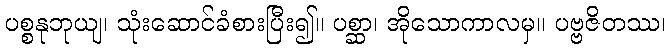
ပစ္စနုဘုယျ၊ သုံးဆောင်ခံစားပြီး၍။ ပစ္ဆာ၊ အိုသောကာလမှ။ ပဗ္ဗဇိတဿ၊